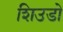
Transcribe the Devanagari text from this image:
शिउडो